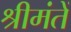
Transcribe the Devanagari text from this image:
श्रीमंतें